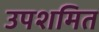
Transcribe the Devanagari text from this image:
उपशमित